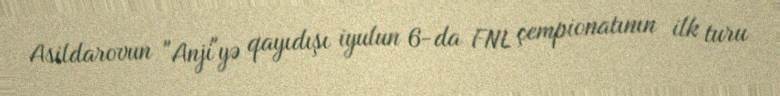
Asildarovun "Anji"yə qayıdışı iyulun 6-da FNL çempionatının ilk turu